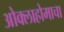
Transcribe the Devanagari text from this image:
ओक्लाहोमाचा